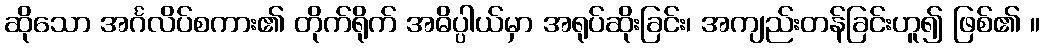
ဆိုသော အင်္ဂလိပ်စကား၏ တိုက်ရိုက် အဓိပ္ပါယ်မှာ အရုပ်ဆိုးခြင်း၊ အကျည်းတန်ခြင်းဟူ၍ ဖြစ်၏ ။